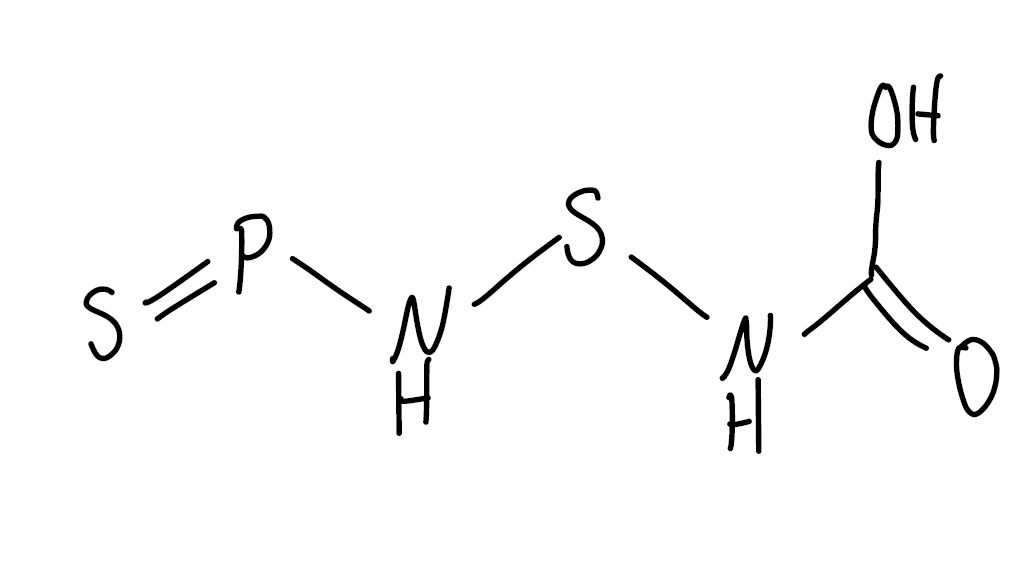
Simplified molecular-input line-entry system (SMILES) notation of the given molecule:
C(=O)(NSNP=S)O